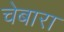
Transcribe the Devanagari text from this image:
चेबारा